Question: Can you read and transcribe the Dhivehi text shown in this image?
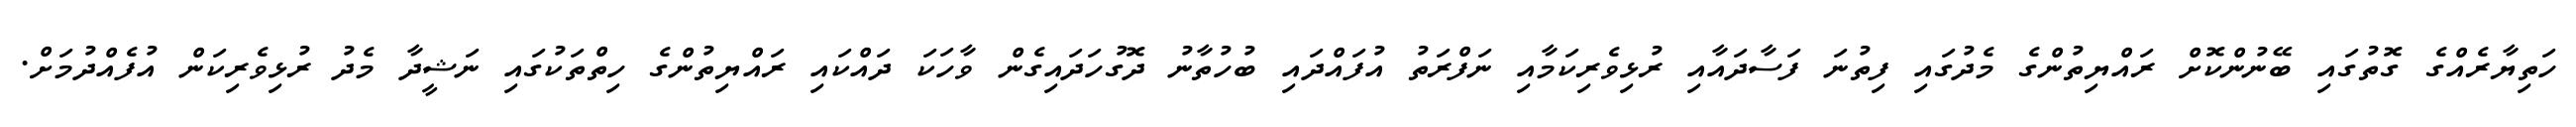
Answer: ހަތިޔާރެއްގެ ގޮތުގައި ބޭނުންކޮށް ރައްޔިތުންގެ މެދުގައި ފިތުނަ ފަސާދައާއި ރުޅިވެރިކަމާއި ނަފްރަތު އުފައްދައި ބުހުތާނު ދޮގުހަދައިގެން ވާހަކަ ދައްކައި ރައްޔިތުންގެ ހިތްތަކުގައި ނަޝީދާ މެދު ރުޅިވެރިކަން އުފެއްދުމަށް.